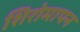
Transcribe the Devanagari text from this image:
शिरोमापन